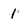
Character: 1